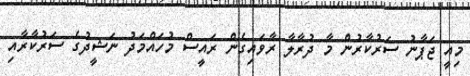
މިއީ ޖަޕާނު ސަރުކާރުން މާ ދުރާލާ ރާވައިގެން ރައީސް މުހައްމަދު ނަޝީދުގެ ސަރުކާރާއި